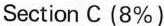
Section C (8%)